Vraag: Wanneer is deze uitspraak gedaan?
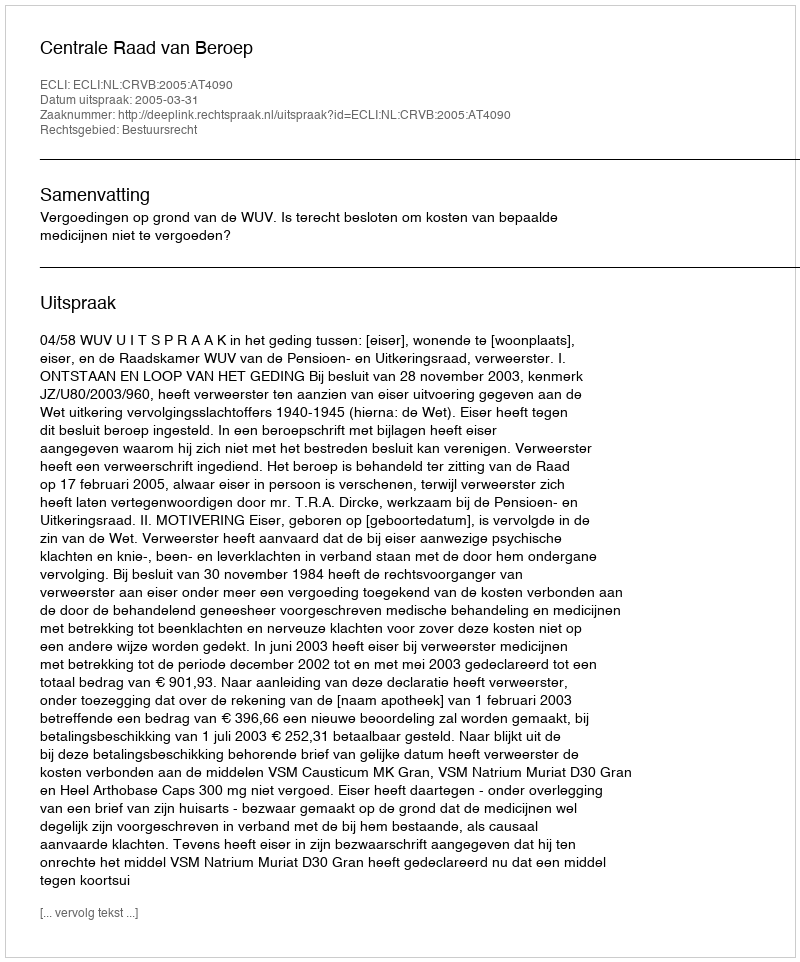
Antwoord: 2005-03-31